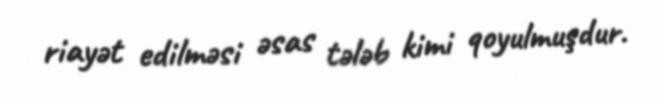
riayət edilməsi əsas tələb kimi qoyulmuşdur.